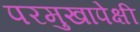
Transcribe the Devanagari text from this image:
परमुखापेक्षी